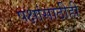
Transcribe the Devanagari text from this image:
पक्षांसाठीही